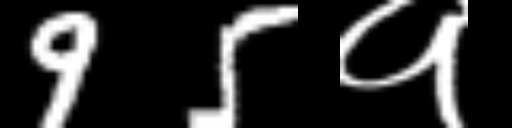
Text: 95१